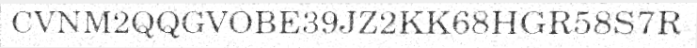
CVNM2QQGVOBE39JZ2KK68HGR58S7R